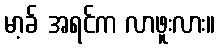
မာ့ခ် အရင်က လာဖူးလား။